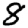
Digit: 8